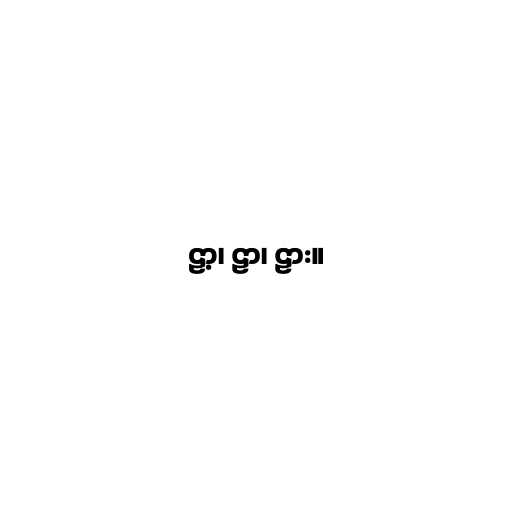
ဠာ့၊ ဠာ၊ ဠား။